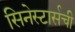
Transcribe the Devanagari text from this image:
सिनेस्टार्सची